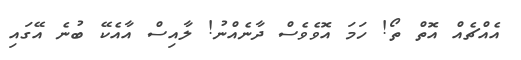
އެއްޗެއް އޮތް ތޯ! ހަމަ އޮވެވެސް ދާނެއްނު! ލާއިސް އާއެކޭ ބުނެ އޭގައި